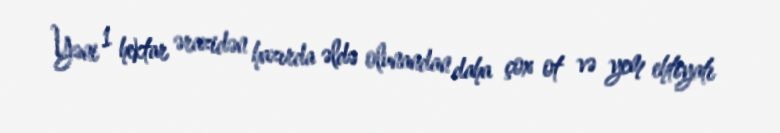
Yəni 1 hektar ərazidən hazırda əldə olunandan daha çox ot və yem ehtiyatı